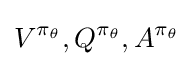
V^{\pi _{\theta }},Q^{\pi _{\theta }},A^{\pi _{\theta }}